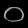
Digit: ၀